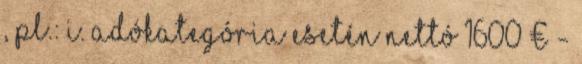
, PL.: I. adókategória esetén nettó 1600 € -